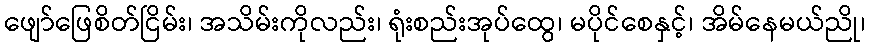
ဖျော်ဖြေစိတ်ငြိမ်း၊ အသိမ်းကိုလည်း၊ ရုံးစည်းအုပ်ထွေ၊ မပိုင်စေနှင့်၊ အိမ်နေမယ်ညို၊